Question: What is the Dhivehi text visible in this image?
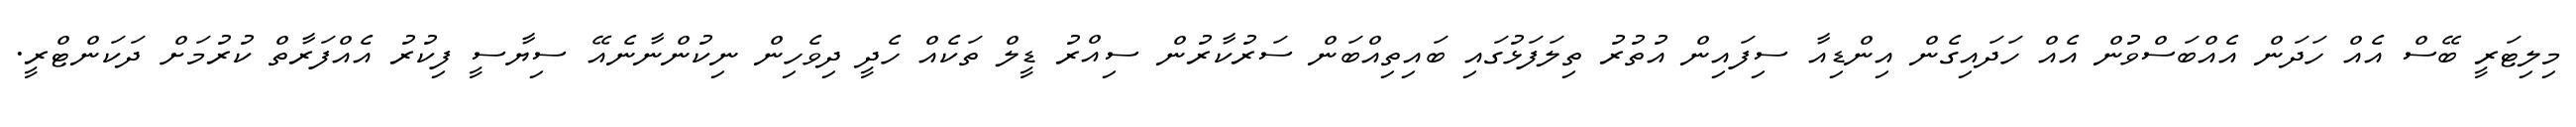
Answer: މިލިޓަރީ ބޭސް އެއް ހަދަން އެއްބަސްވުން އެއް ހަދައިގެން އިންޑިއާ ސިފައިން އުތުރު ތިލަފަޅުގައި ބައިތިއްބަން ސަރުކާރުން ސިއްރު ޑީލް ތަކެއް ހެދީ ދިވެހިން ނިކުންނާނެއޭ ސިޔާސީ ފިކުރު އެއްފަރާތް ކުރުމަށް ދަކަންޓްރީ.